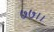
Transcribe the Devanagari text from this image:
७७।।